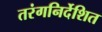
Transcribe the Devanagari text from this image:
तरंगनिर्देशित